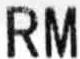
RM